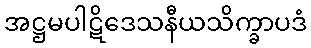
အဋ္ဌမပါဋိဒေသနီယသိက္ခာပဒံ